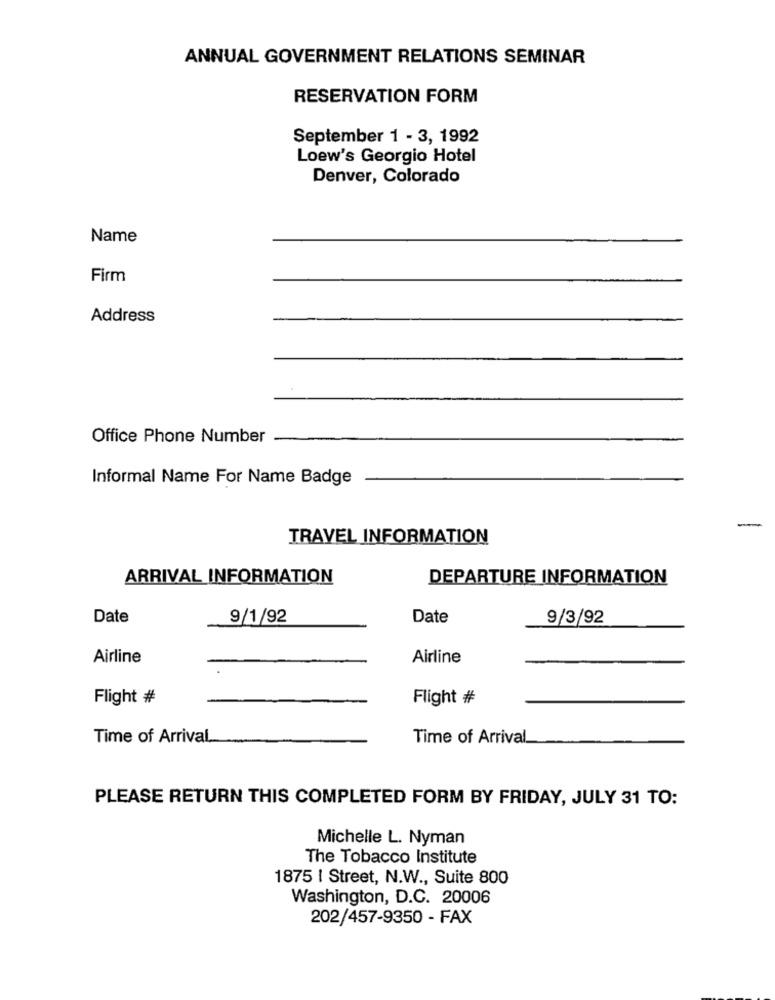
ANNUAL GOVERNMENT RELATIONS SEMINAR
RESERVATION FORM
September 1 - 3, 1992
Loew's Georgio Hotel
Denver, Colorado
Name
Firm
Address
Office Phone Number
Informal Name For Name Badge
TRAVEL INFORMATION
ARRIVAL INFORMATION
DEPARTURE INFORMATION
Date
9/1/92
Date
9/3/92
Airline
Airline
Flight #
Flight #
Time of Arrival
Time of Arrival
PLEASE RETURN THIS COMPLETED FORM BY FRIDAY, JULY 31 TO:
Michelle L. Nyman
The Tobacco Institute
1875 | Street, N.W ., Suite 800
Washington, D.C. 20006
202/457-9350 - FAX